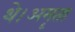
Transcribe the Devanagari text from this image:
थे।अमृता